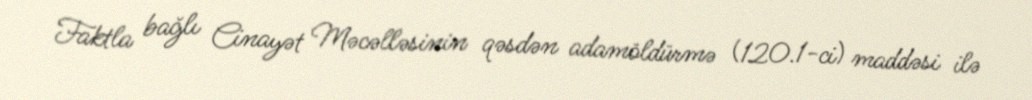
Faktla bağlı Cinayət Məcəlləsinin qəsdən adamöldürmə (120.1-ci) maddəsi ilə